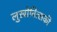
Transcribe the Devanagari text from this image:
लुखोवित्सकी